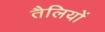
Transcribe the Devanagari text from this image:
तैलियों